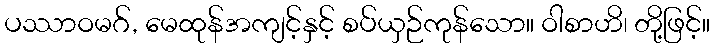
ပဿာဝမဂ်, မေထုန်အကျင့်နှင့် စပ်ယှဉ်ကုန်သော။ ဝါစာဟိ၊ တို့ဖြင့်။